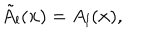
LaTeX: \tilde { A } _ { l } ( { \bf x } ) = A _ { l } ( { \bf x } ) ,